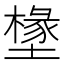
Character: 𭏷